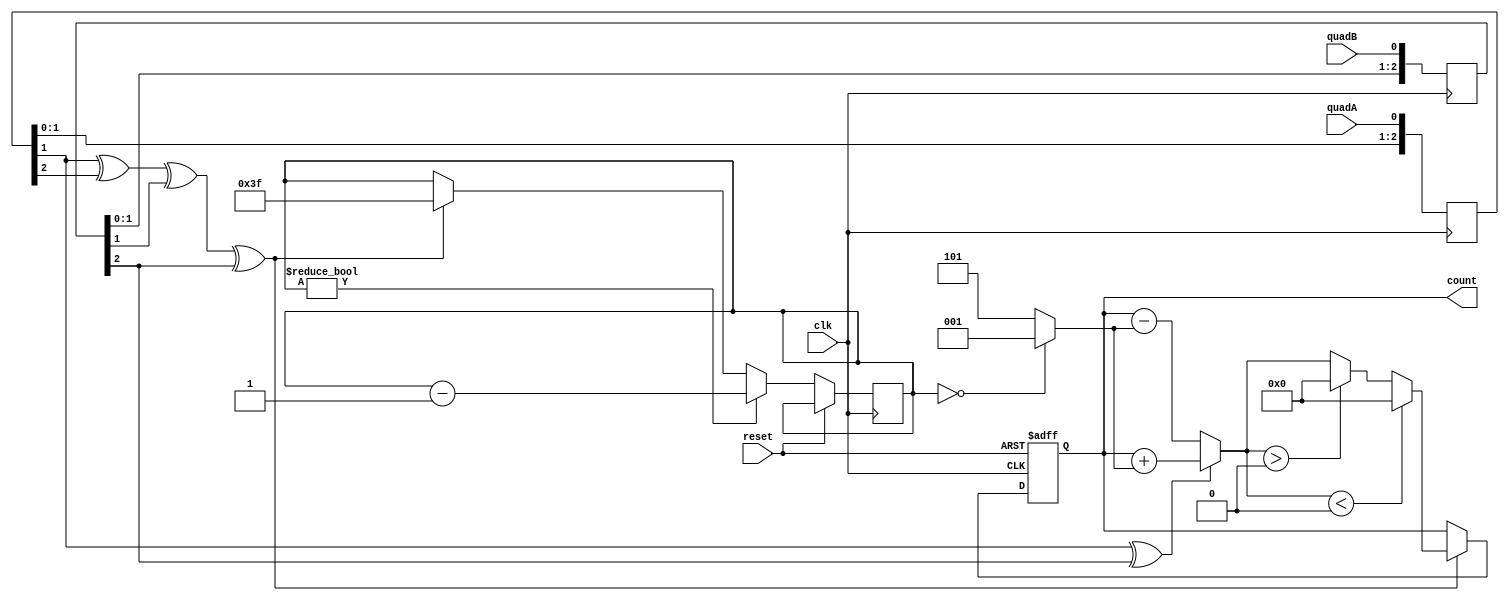
module quad(clk, reset, quadA, quadB, count);
parameter SCREENHEIGHT=0;
parameter PADDLESIZE = 0;
input clk, reset, quadA, quadB;
output [9:0] count;

reg [2:0] quadA_delayed, quadB_delayed;
always @(posedge clk) quadA_delayed <= {quadA_delayed[1:0], quadA};
always @(posedge clk) quadB_delayed <= {quadB_delayed[1:0], quadB};

wire count_enable = quadA_delayed[1] ^ quadA_delayed[2] ^ quadB_delayed[1] ^ quadB_delayed[2];
wire count_direction = quadA_delayed[1] ^ quadB_delayed[2];

reg [5:0] accelcount;
reg [9:0] count;

wire [3:0] ac = (accelcount == 0) ? 1 : 5;
always @(posedge clk or posedge reset)
begin
  if (reset) begin
	count <= SCREENHEIGHT/2;
  end 
  else begin
	  if(count_enable)
	  begin
		count <= paddlelimiter(count_direction ? count + ac : count - ac);
		accelcount <= -1;
	  end
	  if (accelcount != 0) accelcount <= accelcount - 1;
  end
end

function [9:0] paddlelimiter;
input [9:0] py;
begin
	if (py < PADDLESIZE/2) 
		paddlelimiter = PADDLESIZE/2;
	else 
	if (py > SCREENHEIGHT-PADDLESIZE/2)
		paddlelimiter = SCREENHEIGHT-PADDLESIZE/2;
	else
		paddlelimiter = py;
end
endfunction

endmodule